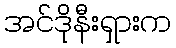
အင်ဒိုနီးရှားက